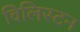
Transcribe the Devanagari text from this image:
विलिस्टन